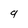
Character: 9